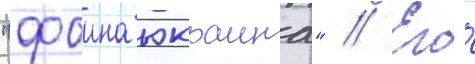
"фаина юкраина" // Его́